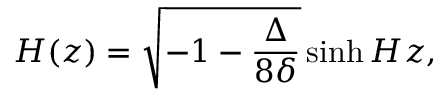
{ \cal H } ( z ) = \sqrt { - 1 - \frac { \Delta } { 8 \delta } } \sinh { H z } ,